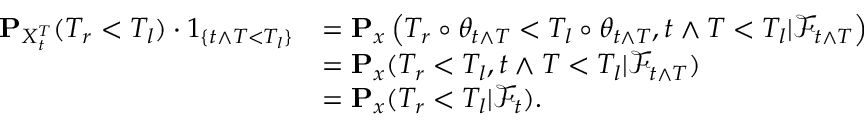
\begin{array} { r l } { \mathbf { P } _ { X _ { t } ^ { T } } ( T _ { r } < T _ { l } ) \cdot 1 _ { \{ t \wedge T < T _ { l } \} } } & { = \mathbf { P } _ { x } \left( T _ { r } \circ \theta _ { t \wedge T } < T _ { l } \circ \theta _ { t \wedge T } , t \wedge T < T _ { l } | { \mathscr F } _ { t \wedge T } \right) } \\ & { = \mathbf { P } _ { x } ( T _ { r } < T _ { l } , t \wedge T < T _ { l } | { \mathscr F } _ { t \wedge T } ) } \\ & { = \mathbf { P } _ { x } ( T _ { r } < T _ { l } | { \mathscr F } _ { t } ) . } \end{array}